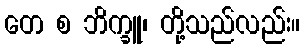
တေ စ ဘိက္ခူ၊ တို့သည်လည်း။